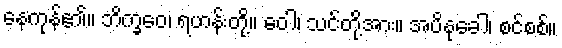
နေကုန်၏။ ဘိက္ခဝေ၊ ရဟန်းတို့။ ဝေါ၊ သင်တို့အား။ အပိနုခေါ၊ စင်စစ်။